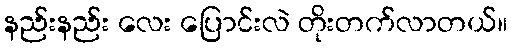
နည်းနည်း လေး ပြောင်းလဲ တိုးတက်လာတယ်။